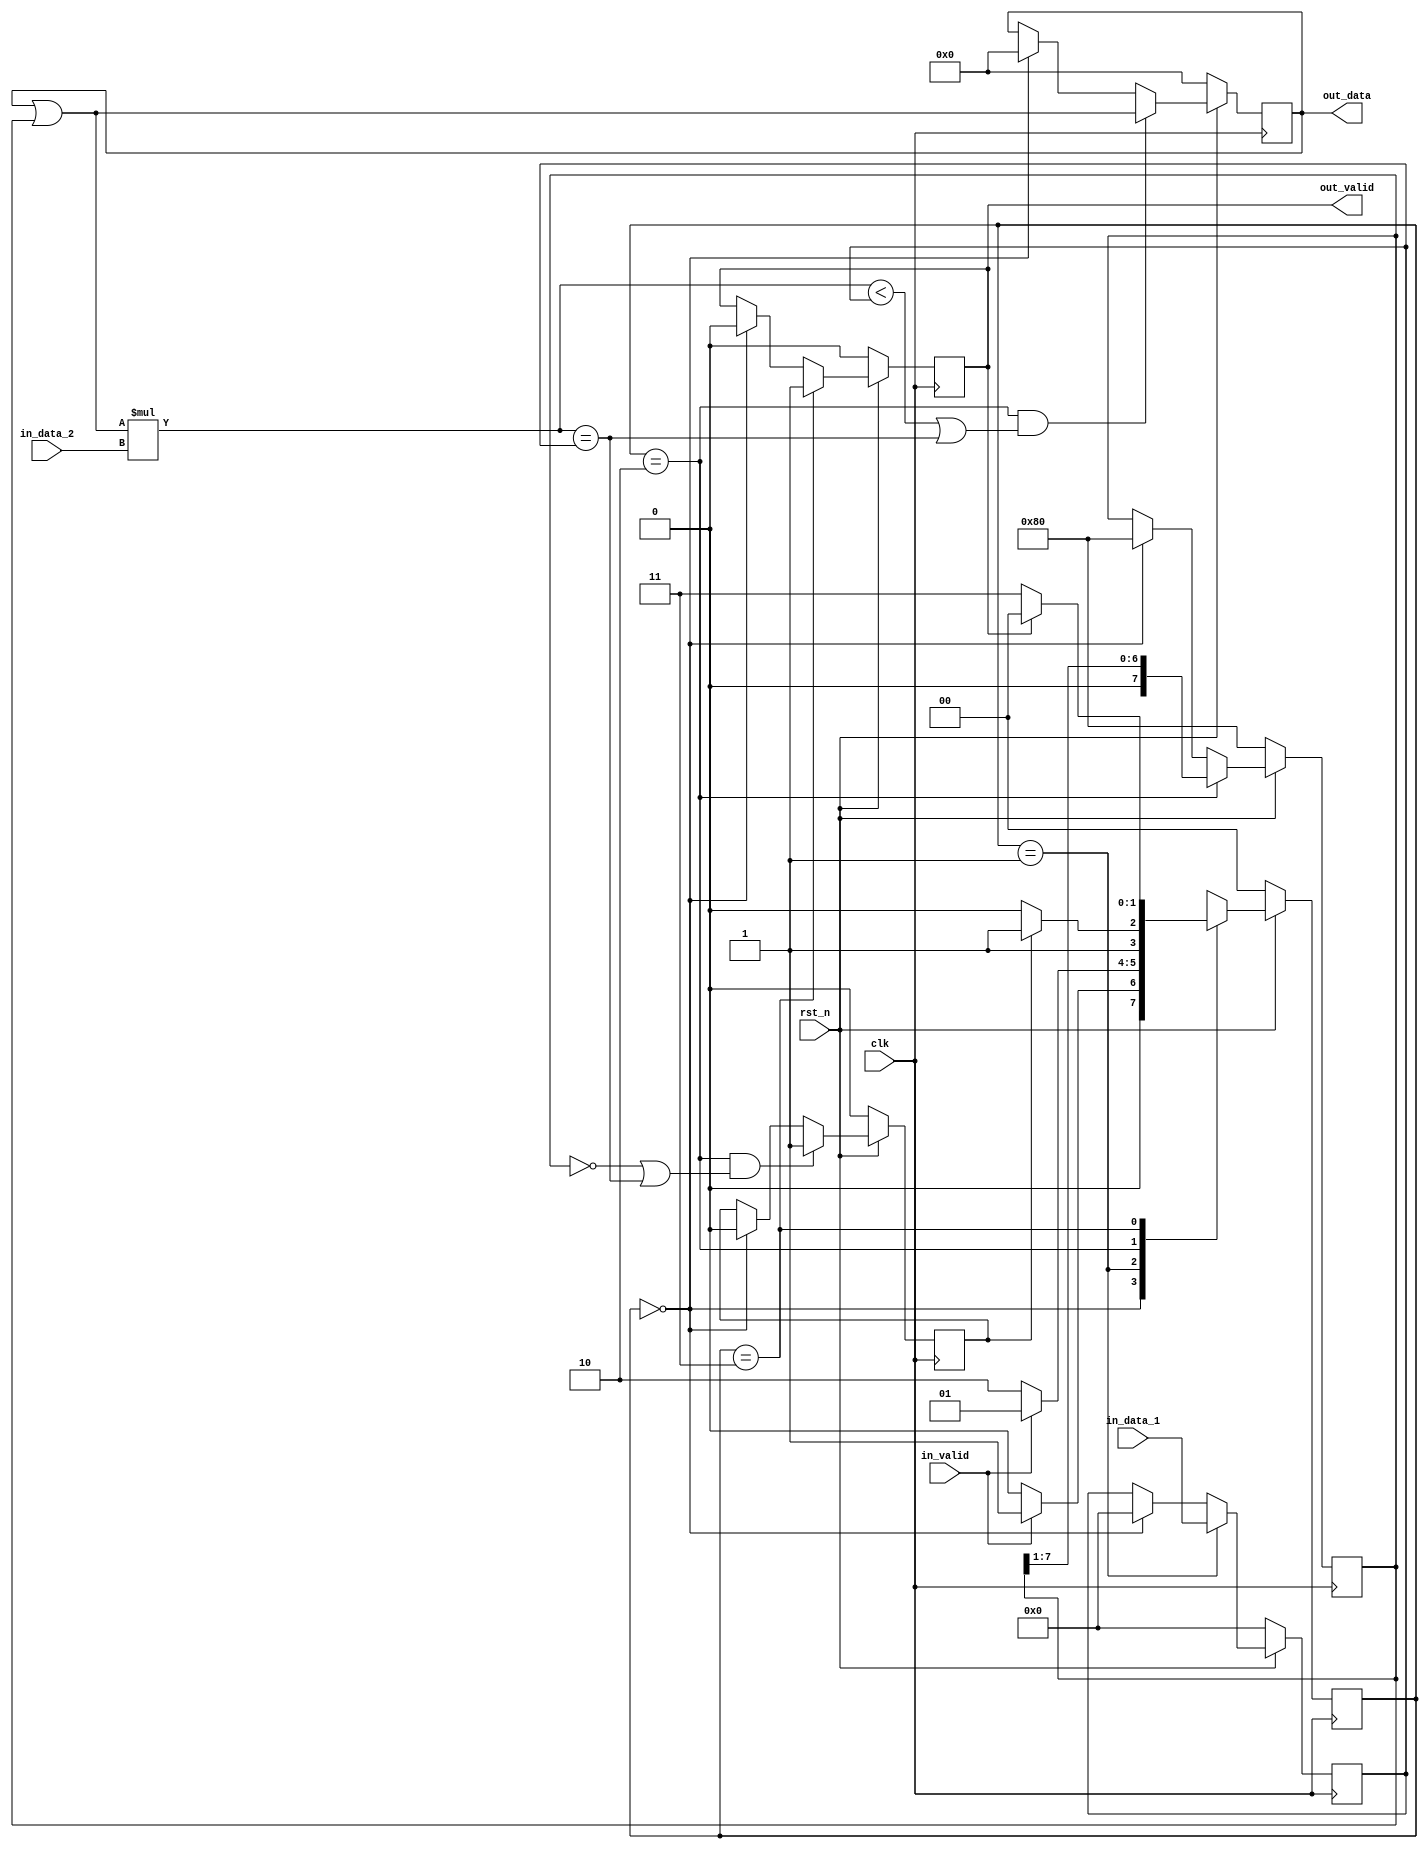
module Division(
    clk,
    rst_n,
    in_valid,
    in_data_1,	//Q10.0
    in_data_2,	//Q3.0
    out_valid,
    out_data	//Q10.10
);

parameter	ST_INIT		= 'd0;
parameter	ST_STORE	= 'd1;
parameter	ST_DIVIDE 	= 'd2;
parameter	ST_OUTPUT 	= 'd3;


parameter	BASE = 8'h80; //8th bit

input				clk;
input				rst_n;
input				in_valid;
input		[19:0]	in_data_1;
input		[11:0]	in_data_2;
output reg			out_valid;
output reg	[7:0]	out_data;

reg			[1:0]	current_state;
reg			[1:0]	next_state;


/*
 *	Take input
 *
 */
reg			[19:0]	dividend;
always @(posedge clk) begin
	if (!rst_n) begin
		dividend <= 'd0;		
	end
	else if (current_state == ST_STORE) begin
		dividend <= in_data_1;
	end
	else if (current_state == ST_INIT) begin
		dividend <= 'd0;
	end
end


/*
 *	Compute Division
 *
 */
reg			[7:0]	current_base;

always @(posedge clk) begin
	if (!rst_n) begin
		current_base <= BASE;
	end
	else if (current_state == ST_DIVIDE) begin
		current_base <= current_base >> 1'b1;
	end
	else if (current_state == ST_INIT) begin
		current_base <= BASE;
	end
end

wire		[19:0]	guess_result = (out_data | current_base) * in_data_2;
always @(posedge clk) begin
	if (!rst_n) begin
		out_data <= 'd0;		
	end
	else if(current_state==ST_DIVIDE && (guess_result<dividend || guess_result==dividend) ) begin //correct guess OR exact match
			out_data <= out_data | current_base;
	end
	else if (current_state == ST_INIT) begin
		out_data <= 'd0;
	end
end


reg					terminate_flag;
always @(posedge clk) begin
	if (!rst_n) begin
		terminate_flag <= 1'b0;
	end
	else if ( current_state==ST_DIVIDE && (current_base=='d0 || guess_result == dividend)  ) begin 
	// all iteration done OR exact match
		terminate_flag <= 1'b1;
	end
	else if (current_state == ST_INIT) begin
		terminate_flag <= 1'b0;
	end
end


/*
 *	Dump Output
 *
 */
always @(posedge clk) begin
	if (!rst_n) begin
		//out_data <= 'd0;	
		out_valid <= 1'b0;
	end
	else if (current_state == ST_OUTPUT) begin
		out_valid <= 1'b1;
	end
	else if (current_state == ST_INIT) begin//else
		out_valid <= 1'b0;
	end
end

/*
 *	Finite State Machine
 *
 */

always @(posedge clk) begin
	if (!rst_n) begin
		current_state <= ST_INIT;
	end
	else begin
		current_state <= next_state;
	end
end

always @(*) begin
	if (!rst_n) begin//dont need reset comb 1/2 cycle ocomputation
		next_state = 'd0;
	end
	else begin
		case(current_state)
			ST_INIT: begin
				if(in_valid) begin
					next_state = ST_STORE;
				end
				else begin
					next_state = ST_INIT;
				end
			end
			ST_STORE: begin
				if(!in_valid) begin
					next_state = ST_DIVIDE;
				end
				else begin
					next_state = ST_STORE;//dont write ns = cs
				end
			end
			ST_DIVIDE: begin
				if (terminate_flag) begin
					next_state = ST_OUTPUT;
				end
				else begin
					next_state = ST_DIVIDE;
				end
			end
			ST_OUTPUT: begin
				if (out_valid) begin
					next_state = ST_INIT;
				end
				else begin
					next_state = ST_OUTPUT;
				end
			end//no default
		endcase	
	end
	
end

endmodule